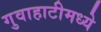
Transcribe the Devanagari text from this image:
गुवाहाटीमध्ये